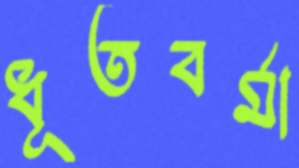
ধূতবর্মা